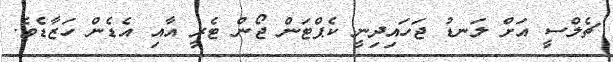
ޗެލްސީ އަށް ލަނޑު ޖަހައިދިނީ ކެޕްޓަން ޖޯން ޓެރީ އާއި އެޑެން ހަޒާޑެވެ.